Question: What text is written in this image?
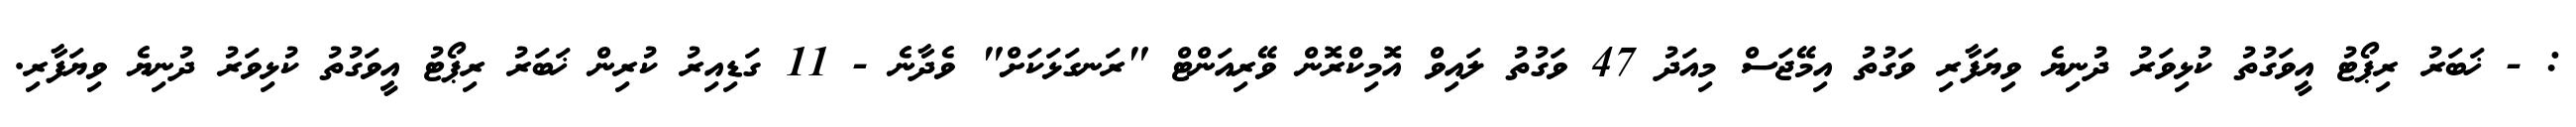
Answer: : - ޚަބަރު ރިޕޯޓު އީވަގުތު ކުޅިވަރު ދުނިޔެ ވިޔަފާރި ވަގުތު އިމޭޖަސް މިއަދު 47 ވަގުތު ލައިވް އޮމިކްރޮން ވޭރިއަންޓް "ރަނގަޅަކަށް" ވެދާނެ - 11 ގަޑިއިރު ކުރިން ޚަބަރު ރިޕޯޓު އީވަގުތު ކުޅިވަރު ދުނިޔެ ވިޔަފާރި.